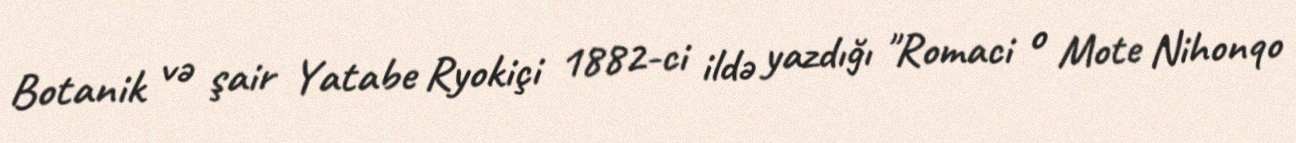
Botanik və şair Yatabe Ryokiçi 1882-ci ildə yazdığı "Romaci o Mote Nihonqo